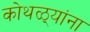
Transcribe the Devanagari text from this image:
कोथळ्यांना